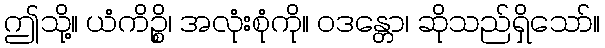
ဤသို့။ ယံကိဉ္စိ၊ အလုံးစုံကို။ ဝဒန္တော၊ ဆိုသည်ရှိသော်။